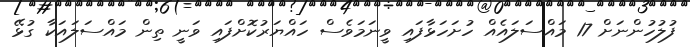
ފުލުހުންނަށް 17 މައްސަލައެއް ހުށަހަޅާފައި ވީނަމަވެސް ހައްޔަރުކޮށްފައި ވަނީ ތިން މައްސަލައަކާ ގުޅޭ